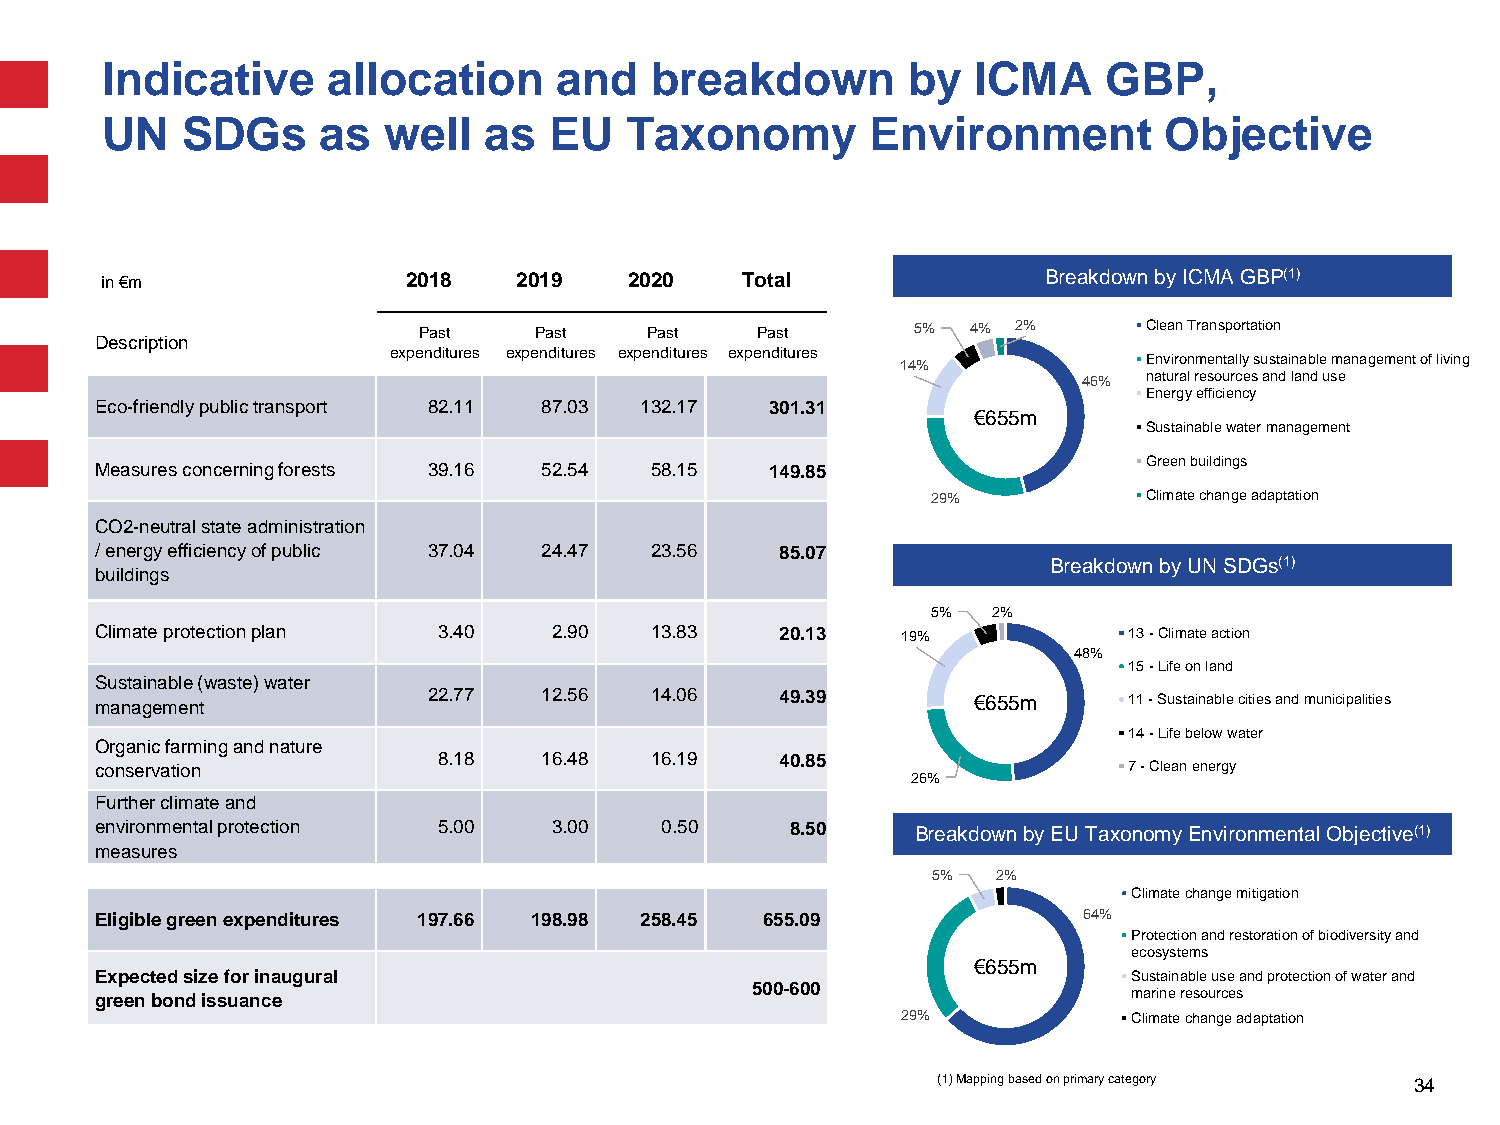
Indicative     allocation     and   breakdown        by   ICMA    GBP,
 UN   SDGs     as  well   as  EU   Taxonomy         Environment        Objective
 in €m               2018   2019    2020   Total               BreakdownbyICMA GBP(1)
 Past   Past    Past   Past       5% 4% 2%       Clean Transportation
 Description
 expenditures expenditures expenditures expenditures
 14%             Environmentally sustainable management of living
 46% natural resources and land use
 Energy efficiency
 Eco-friendly public transport 82.11 87.03 132.17 301.31
 €655m
 Sustainable water management
 Green buildings
 Measures concerning forests 39.16 52.54 58.15 149.85
 29%           Climate change adaptation
 CO2-neutral state administration
 / energy efficiency of public 37.04 24.47 23.56 85.07
 Breakdown byUN SDGs(1)
 buildings
 5%  2%
 Climate protection plan 3.40   2.90  13.83    20.13   19%            13 - Climate action
 48%
 15 - Life on land
 Sustainable (waste) water
 management            22.77   12.56  14.06    49.39       €655m      11 - Sustainable cities and municipalities
 14 - Life below water
 Organic farming and nature
 8.18   16.48  16.19    40.85
 conservation                                                         7 - Clean energy
 26%
 Further climate and
 environmental protection 5.00  3.00   0.50    8.50     Breakdown by EU Taxonomy Environmental Objective(1)
 measures
 5%  2%
 Climate change mitigation
 Eligible greenexpenditures 197.66 198.98 258.45 655.09            64%
 Protection and restoration of biodiversity and
 ecosystems
 €655m
 Expectedsize for inaugural                                           Sustainable use and protection of water and
 500-600
 green bond issuance                                                  marine resources
 29%            Climate change adaptation
 (1) Mapping basedon primary category 34